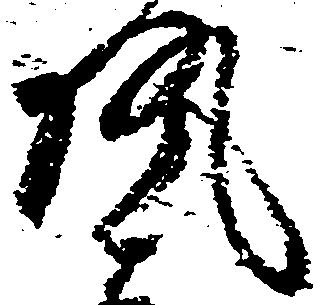
執